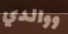
ووالدي